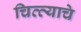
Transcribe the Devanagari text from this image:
चित्त्याचे